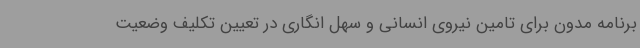
برنامه مدون برای تامین نیروی انسانی و سهل انگاری در تعیین تکلیف وضعیت